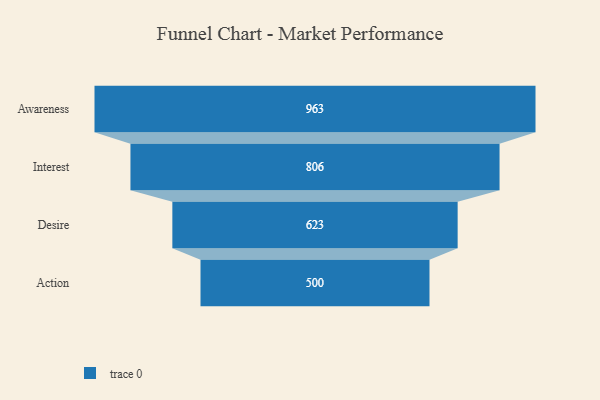
{"axis": {"x": "Stage", "y": "Value"}, "legend": [""], "data": [{"x": "Awareness", "y": 963.0, "type": ""}, {"x": "Interest", "y": 806.0, "type": ""}, {"x": "Desire", "y": 623.0, "type": ""}, {"x": "Action", "y": 500, "type": ""}]}